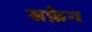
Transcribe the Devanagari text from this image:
सफ़ेन